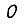
Digit: 0